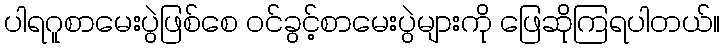
ပါရဂူစာမေးပွဲဖြစ်စေ ဝင်ခွင့်စာမေးပွဲများကို ဖြေဆိုကြရပါတယ်။